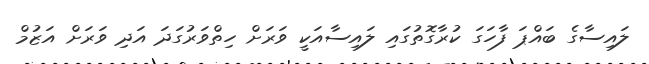
ލައިސާގެ ބައްޕަ ފާހަގަ ކުރާގޮތުގައި ލައިސާއަކީ ވަރަށް ހިތްވަރުގަދަ އަދި ވަރަށް އަޒުމް